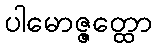
ပါမောဇ္ဇတ္ထော